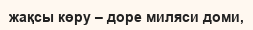
жақсы көру – доре миляси доми,